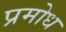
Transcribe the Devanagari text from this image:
प्रमोध